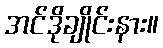
အင်ဒိုချိုင်းနား။